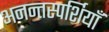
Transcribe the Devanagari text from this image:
अनन्तस्पर्शियाँ